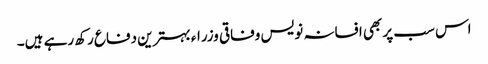
اس سب پر بھی افسانہ نویس وفاقی وزراء بہترین دفاع رکھ رہے ہیں۔